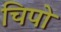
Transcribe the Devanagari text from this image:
चिपो